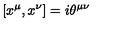
[ x ^ { \mu } , x ^ { \nu } ] = i \theta ^ { \mu \nu }